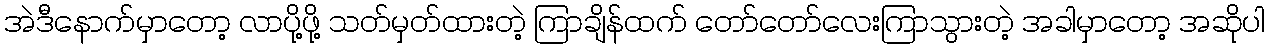
အဲဒီနောက်မှာတော့ လာပို့ဖို့ သတ်မှတ်ထားတဲ့ ကြာချိန်ထက် တော်တော်လေးကြာသွားတဲ့ အခါမှာတော့ အဆိုပါ